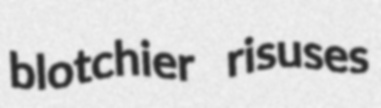
blotchier risuses